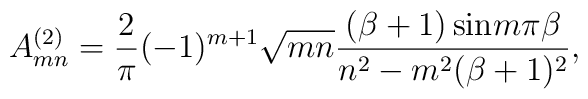
A^{(2)}_{mn} = {2 \over \pi} (-1)^{m+1}  \sqrt{m n} {(\beta +1)\,{\rm sin} m \pi \beta \over n^2 - m^2 (\beta +1)^2},